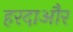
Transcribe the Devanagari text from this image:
हरदाऔर